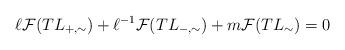
LaTeX: \begin{align*} \ell \mathcal{F}(TL_{+,\sim}) + \ell^{-1} \mathcal{F}(TL_{-,\sim}) + m \mathcal{F}(TL_{\sim})= 0\end{align*}